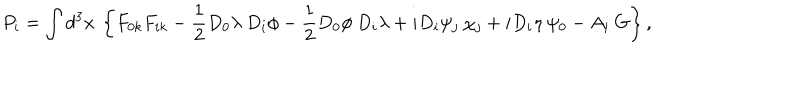
P _ { i } = \int d ^ { 3 } x \: \left\{ F _ { 0 k } F _ { i k } - { \frac { 1 } { 2 } } D _ { 0 } \lambda \: D _ { i } \phi - { \frac { 1 } { 2 } } D _ { 0 } \phi \: D _ { i } \lambda + i D _ { i } \psi _ { j } \: \chi _ { j } + i D _ { i } \eta \: \psi _ { 0 } - A _ { i } \: G \right\} ,